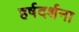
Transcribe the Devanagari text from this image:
हर्षदर्शना